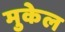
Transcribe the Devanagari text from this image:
मुकेल